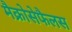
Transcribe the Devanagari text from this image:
मैक्रोसेफैलस